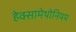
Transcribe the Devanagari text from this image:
हेक्सामेथोनियम